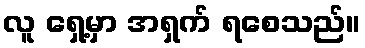
လူ ရှေ့မှာ အရှက် ရစေသည်။